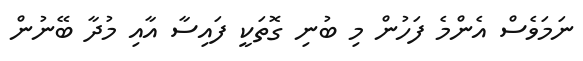
ނަމަވެސް އެންމެ ފަހުން މި ބުނި ގޮތަކީ ފައިސާ އާއި މުދާ ބޭނުން